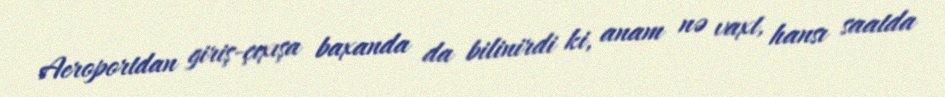
Aeroportdan giriş-çıxışa baxanda da bilinirdi ki, anam nə vaxt, hansı saatda